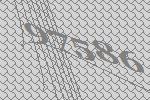
97586